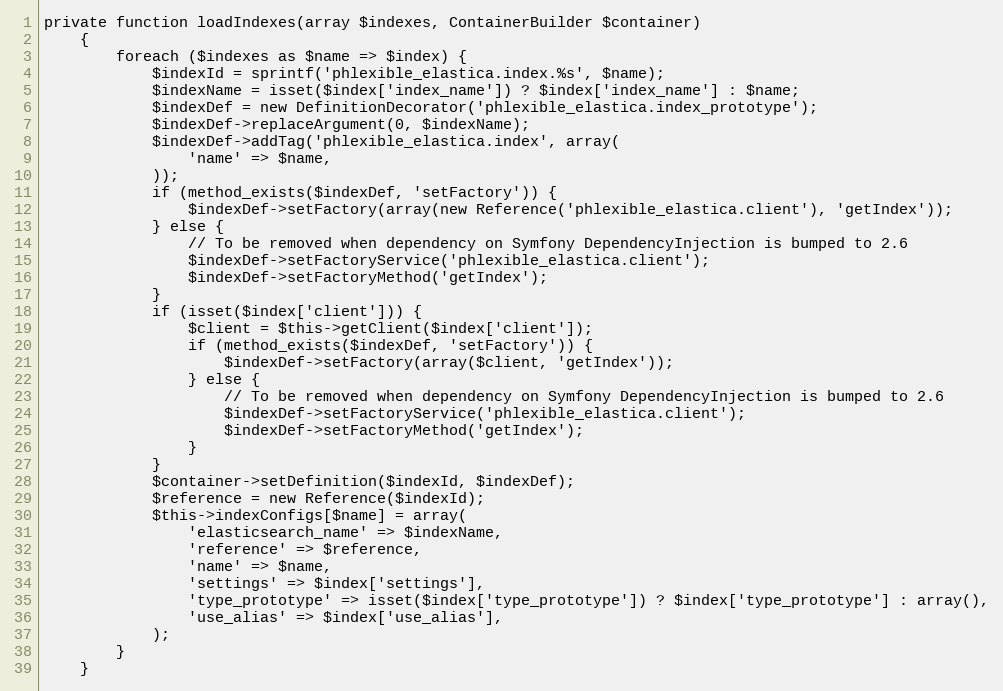
Language: PHP
private function loadIndexes(array $indexes, ContainerBuilder $container)
    {
        foreach ($indexes as $name => $index) {
            $indexId = sprintf('phlexible_elastica.index.%s', $name);
            $indexName = isset($index['index_name']) ? $index['index_name'] : $name;
            $indexDef = new DefinitionDecorator('phlexible_elastica.index_prototype');
            $indexDef->replaceArgument(0, $indexName);
            $indexDef->addTag('phlexible_elastica.index', array(
                'name' => $name,
            ));
            if (method_exists($indexDef, 'setFactory')) {
                $indexDef->setFactory(array(new Reference('phlexible_elastica.client'), 'getIndex'));
            } else {
                // To be removed when dependency on Symfony DependencyInjection is bumped to 2.6
                $indexDef->setFactoryService('phlexible_elastica.client');
                $indexDef->setFactoryMethod('getIndex');
            }
            if (isset($index['client'])) {
                $client = $this->getClient($index['client']);
                if (method_exists($indexDef, 'setFactory')) {
                    $indexDef->setFactory(array($client, 'getIndex'));
                } else {
                    // To be removed when dependency on Symfony DependencyInjection is bumped to 2.6
                    $indexDef->setFactoryService('phlexible_elastica.client');
                    $indexDef->setFactoryMethod('getIndex');
                }
            }
            $container->setDefinition($indexId, $indexDef);
            $reference = new Reference($indexId);
            $this->indexConfigs[$name] = array(
                'elasticsearch_name' => $indexName,
                'reference' => $reference,
                'name' => $name,
                'settings' => $index['settings'],
                'type_prototype' => isset($index['type_prototype']) ? $index['type_prototype'] : array(),
                'use_alias' => $index['use_alias'],
            );
        }
    }